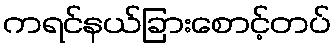
ကရင်နယ်ခြားစောင့်တပ်